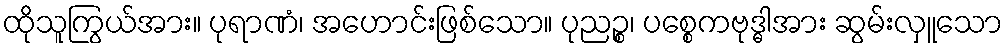
ထိုသူကြွယ်အား။ ပုရာဏံ၊ အဟောင်းဖြစ်သော။ ပုညဉ္စ၊ ပစ္စေကဗုဒ္ဓါအား ဆွမ်းလှူသော